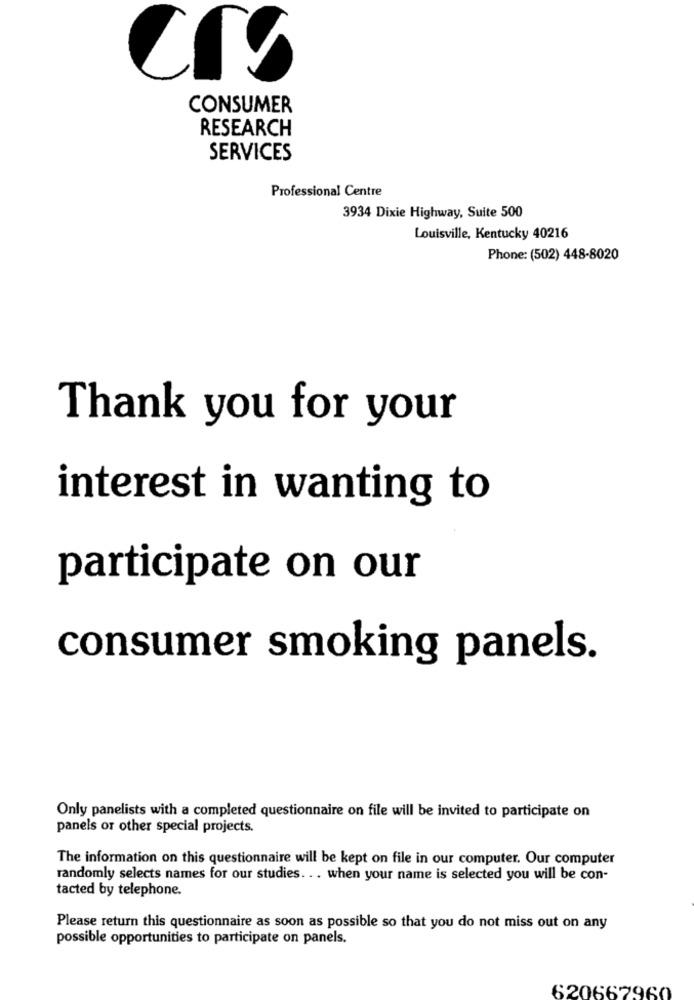
CONSUMER
RESEARCH
SERVICES
Professional Centre
3934 Dixie Highway, Suite 500
Louisville, Kentucky 40216
Phone: (502) 448-8020
Thank you for your
interest in wanting to
participate on our
consumer smoking panels.
Only panelists with a completed questionnaire on file will be invited to participate on
panels or other special projects.
The information on this questionnaire will be kept on file in our computer. Our computer
randomly selects names for our studies. . . when your name is selected you will be con-
tacted by telephone.
Please return this questionnaire as soon as possible so that you do not miss out on any
possible opportunities to participate on panels.
620667960